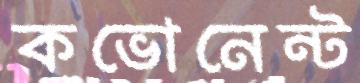
কভোনেন্ট